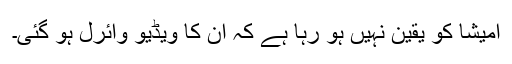
امیشا کو یقین نہیں ہو رہا ہے کہ ان کا ویڈیو وائرل ہو گئی۔